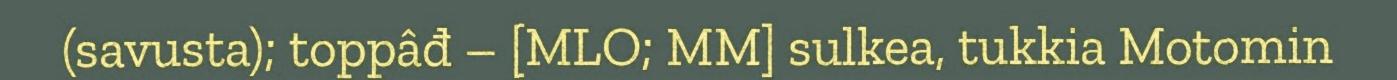
(savusta); toppâđ – [MLO; MM] sulkea, tukkia Motomin